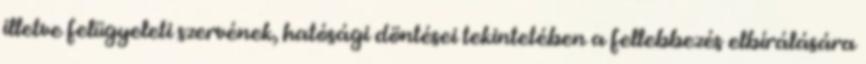
illetve felügyeleti szervének, hatósági döntései tekintetében a fellebbezés elbírálására